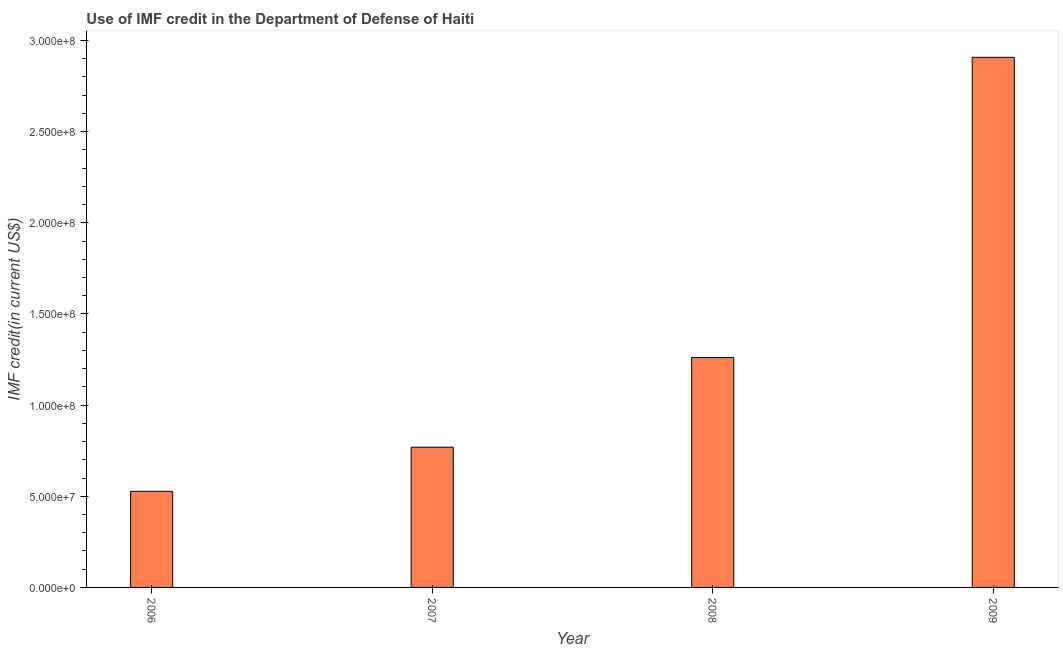
| Year | Use of IMF credit (DOD |
 | --- | --- |
 | 2006 | 5.27e+07 |
 | 2007 | 7.69e+07 |
 | 2008 | 1.26e+08 |
 | 2009 | 2.91e+08 |